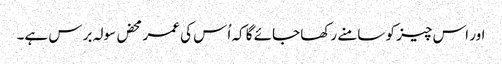
اور اس چیز کو سامنے رکھا جائے گا کہ اُس کی عمر محض سولہ برس ہے۔